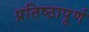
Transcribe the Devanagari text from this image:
प्रतिष्‍ठापूर्ण